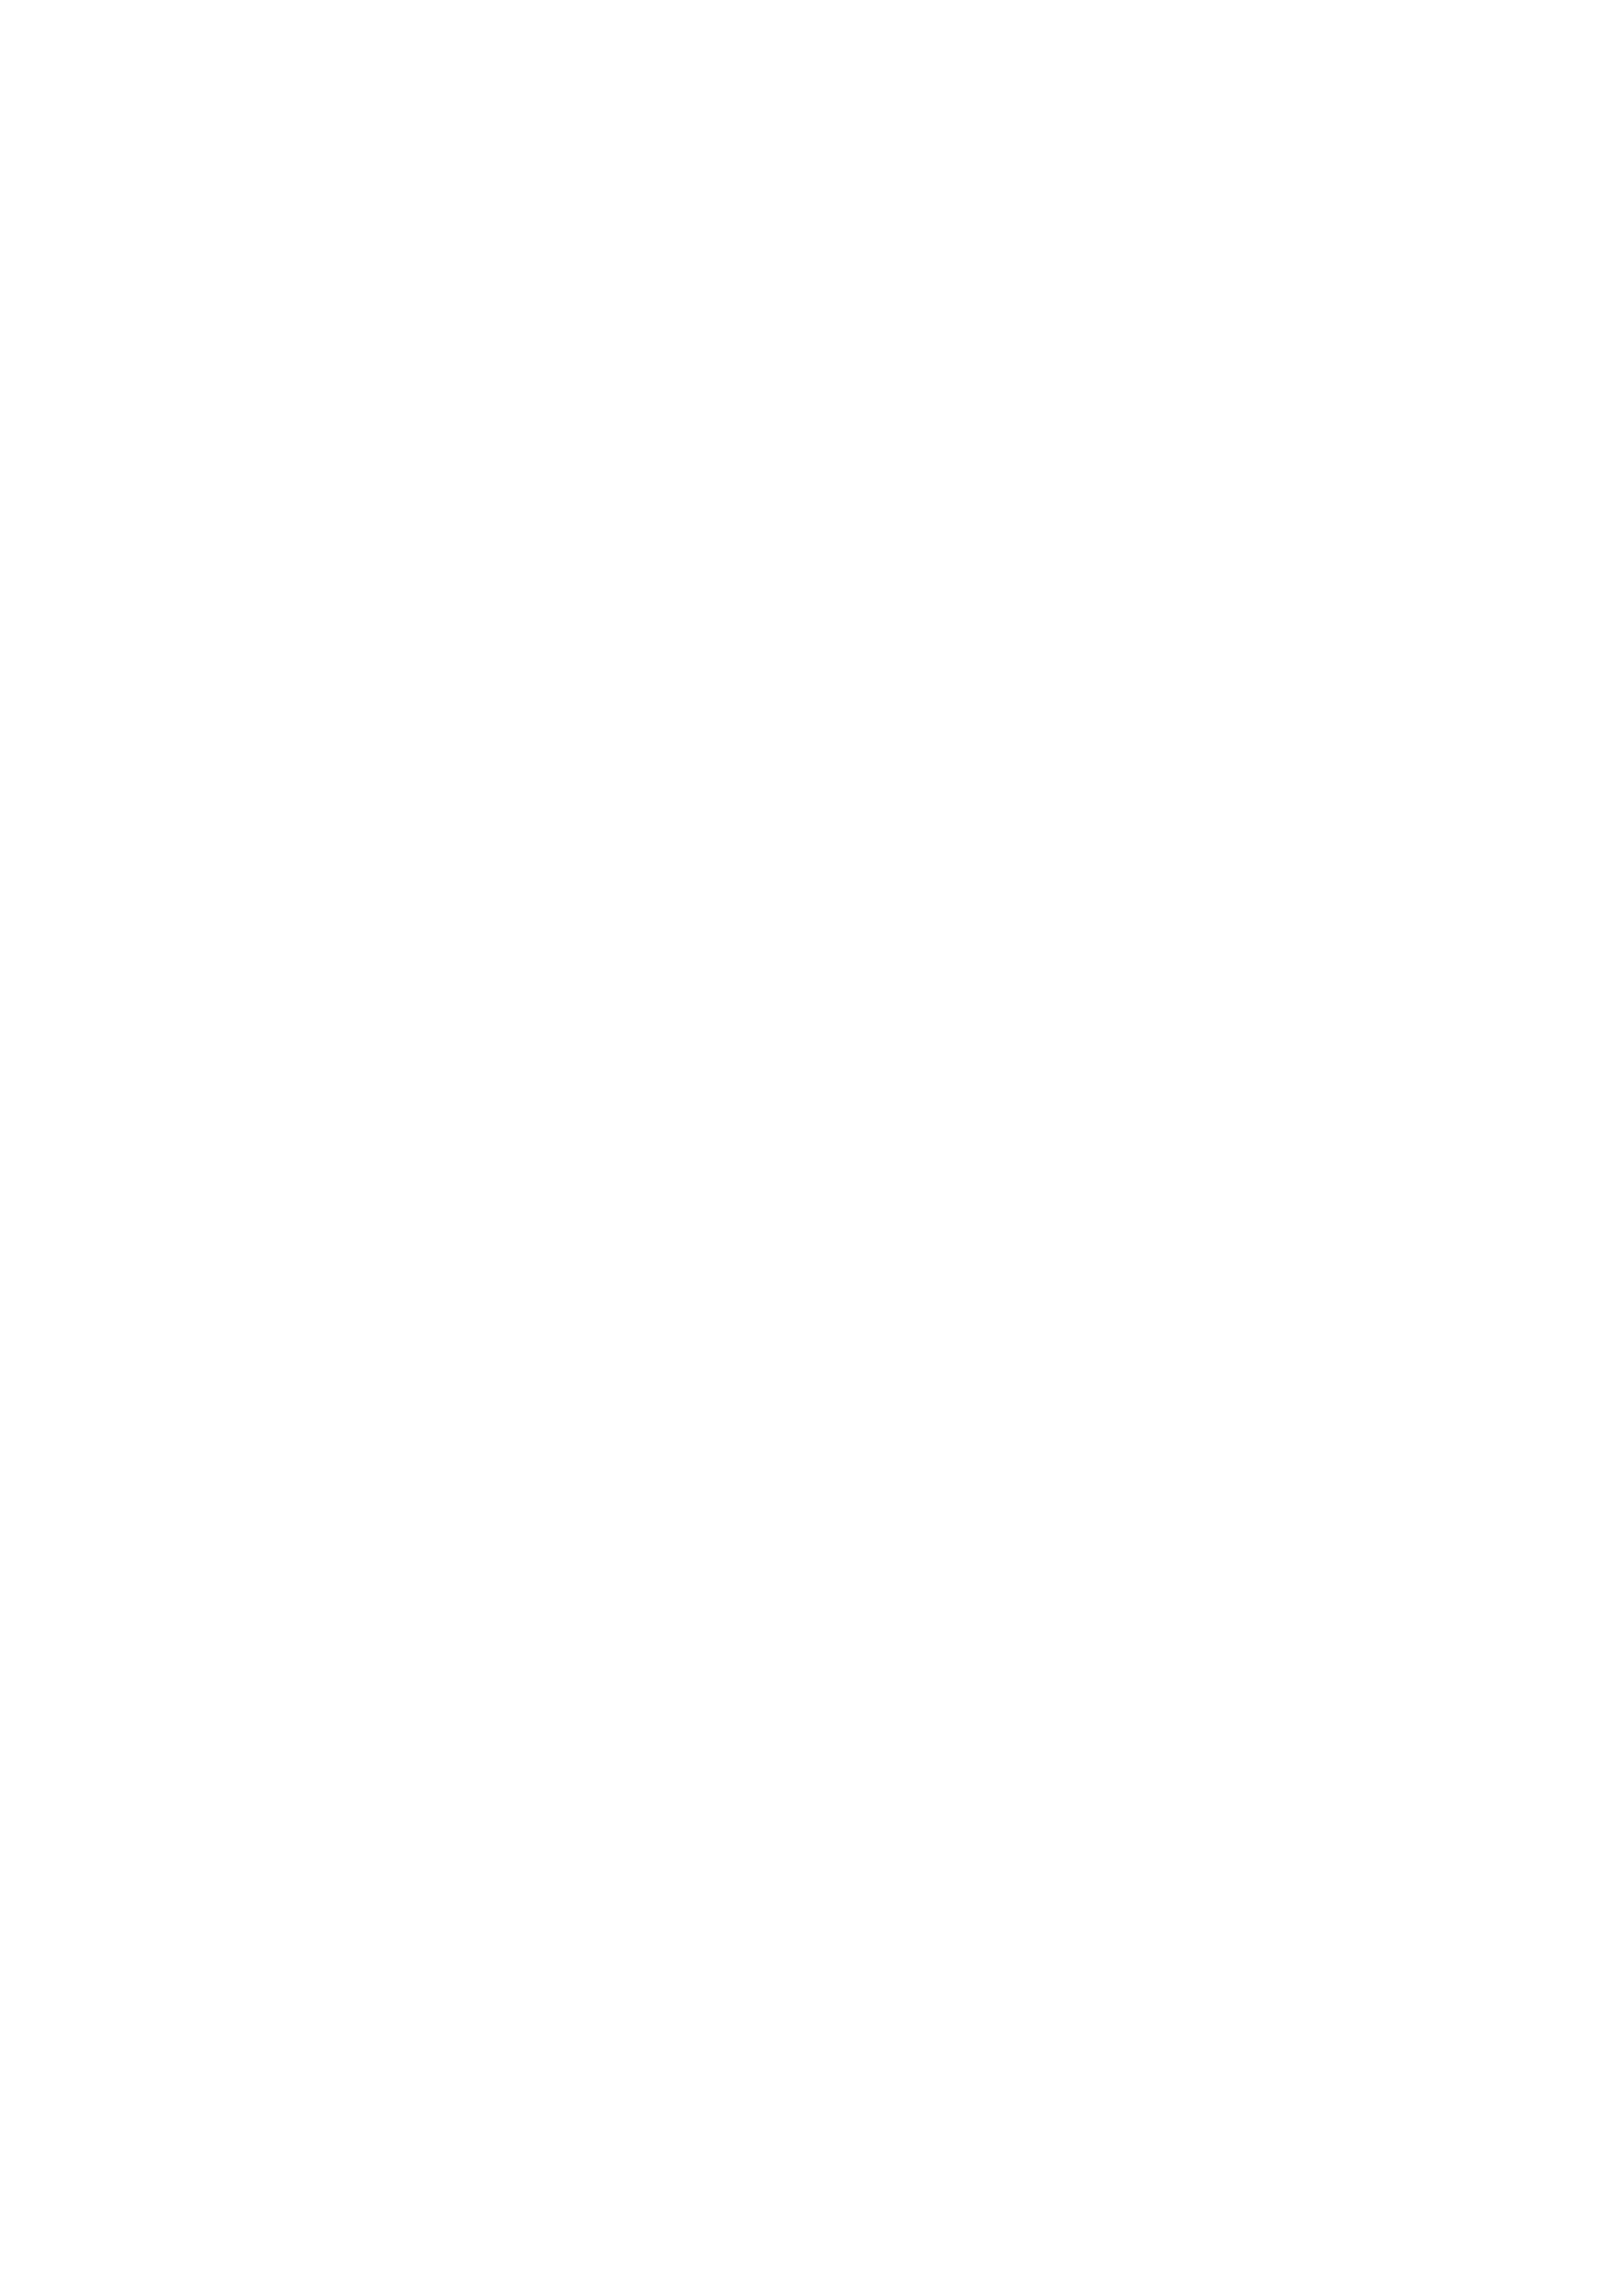
\vspace{35pt}\special{psfile=3-1.ps}